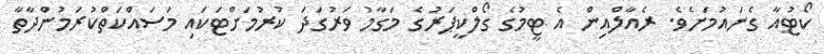
ކޯޓުއާ ގެނައުމަށެވެ. ރެއާލްއިން އެ ޓީމުގެ ގޯލްކީޕަރުގެ މަގާމު ވަރުގަދަ ކުރުމަށްޓަކައި މަސައްކަތްކުރަމުންދާތާ